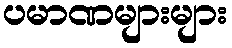
ပမာဏများများ